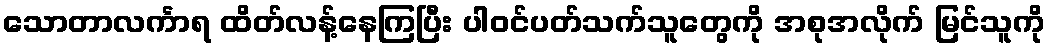
သောတာလင်္ကာရ ထိတ်လန့်နေကြပြီး ပါဝင်ပတ်သက်သူတွေကို အစုအလိုက် မြင်သူကို